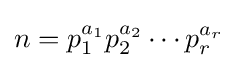
n=p_{1}^{a_{1}}p_{2}^{a_{2}}\cdots p_{r}^{a_{r}}